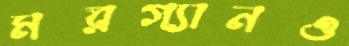
মরগ্যানও